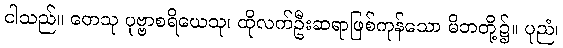
ငါသည်။ တေသု ပုဗ္ဗာစရိယေသု၊ ထိုလက်ဦးဆရာဖြစ်ကုန်သော မိဘတို့၌။ ပုညံ၊